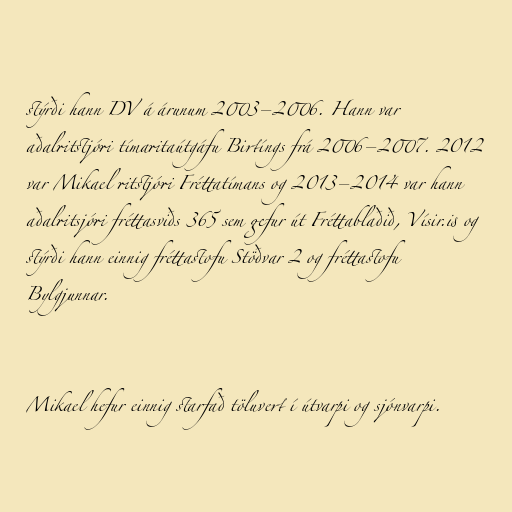
stýrði hann DV á árunum 2003–2006. Hann var
aðalritstjóri tímaritaútgáfu Birtíngs frá 2006–2007. 2012
var Mikael ritstjóri Fréttatímans og 2013–2014 var hann
aðalritsjóri fréttasviðs 365 sem gefur út Fréttablaðið, Vísir.is og
stýrði hann einnig fréttastofu Stöðvar 2 og fréttastofu
Bylgjunnar.

Mikael hefur einnig starfað töluvert í útvarpi og sjónvarpi.